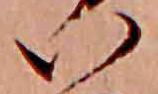
い